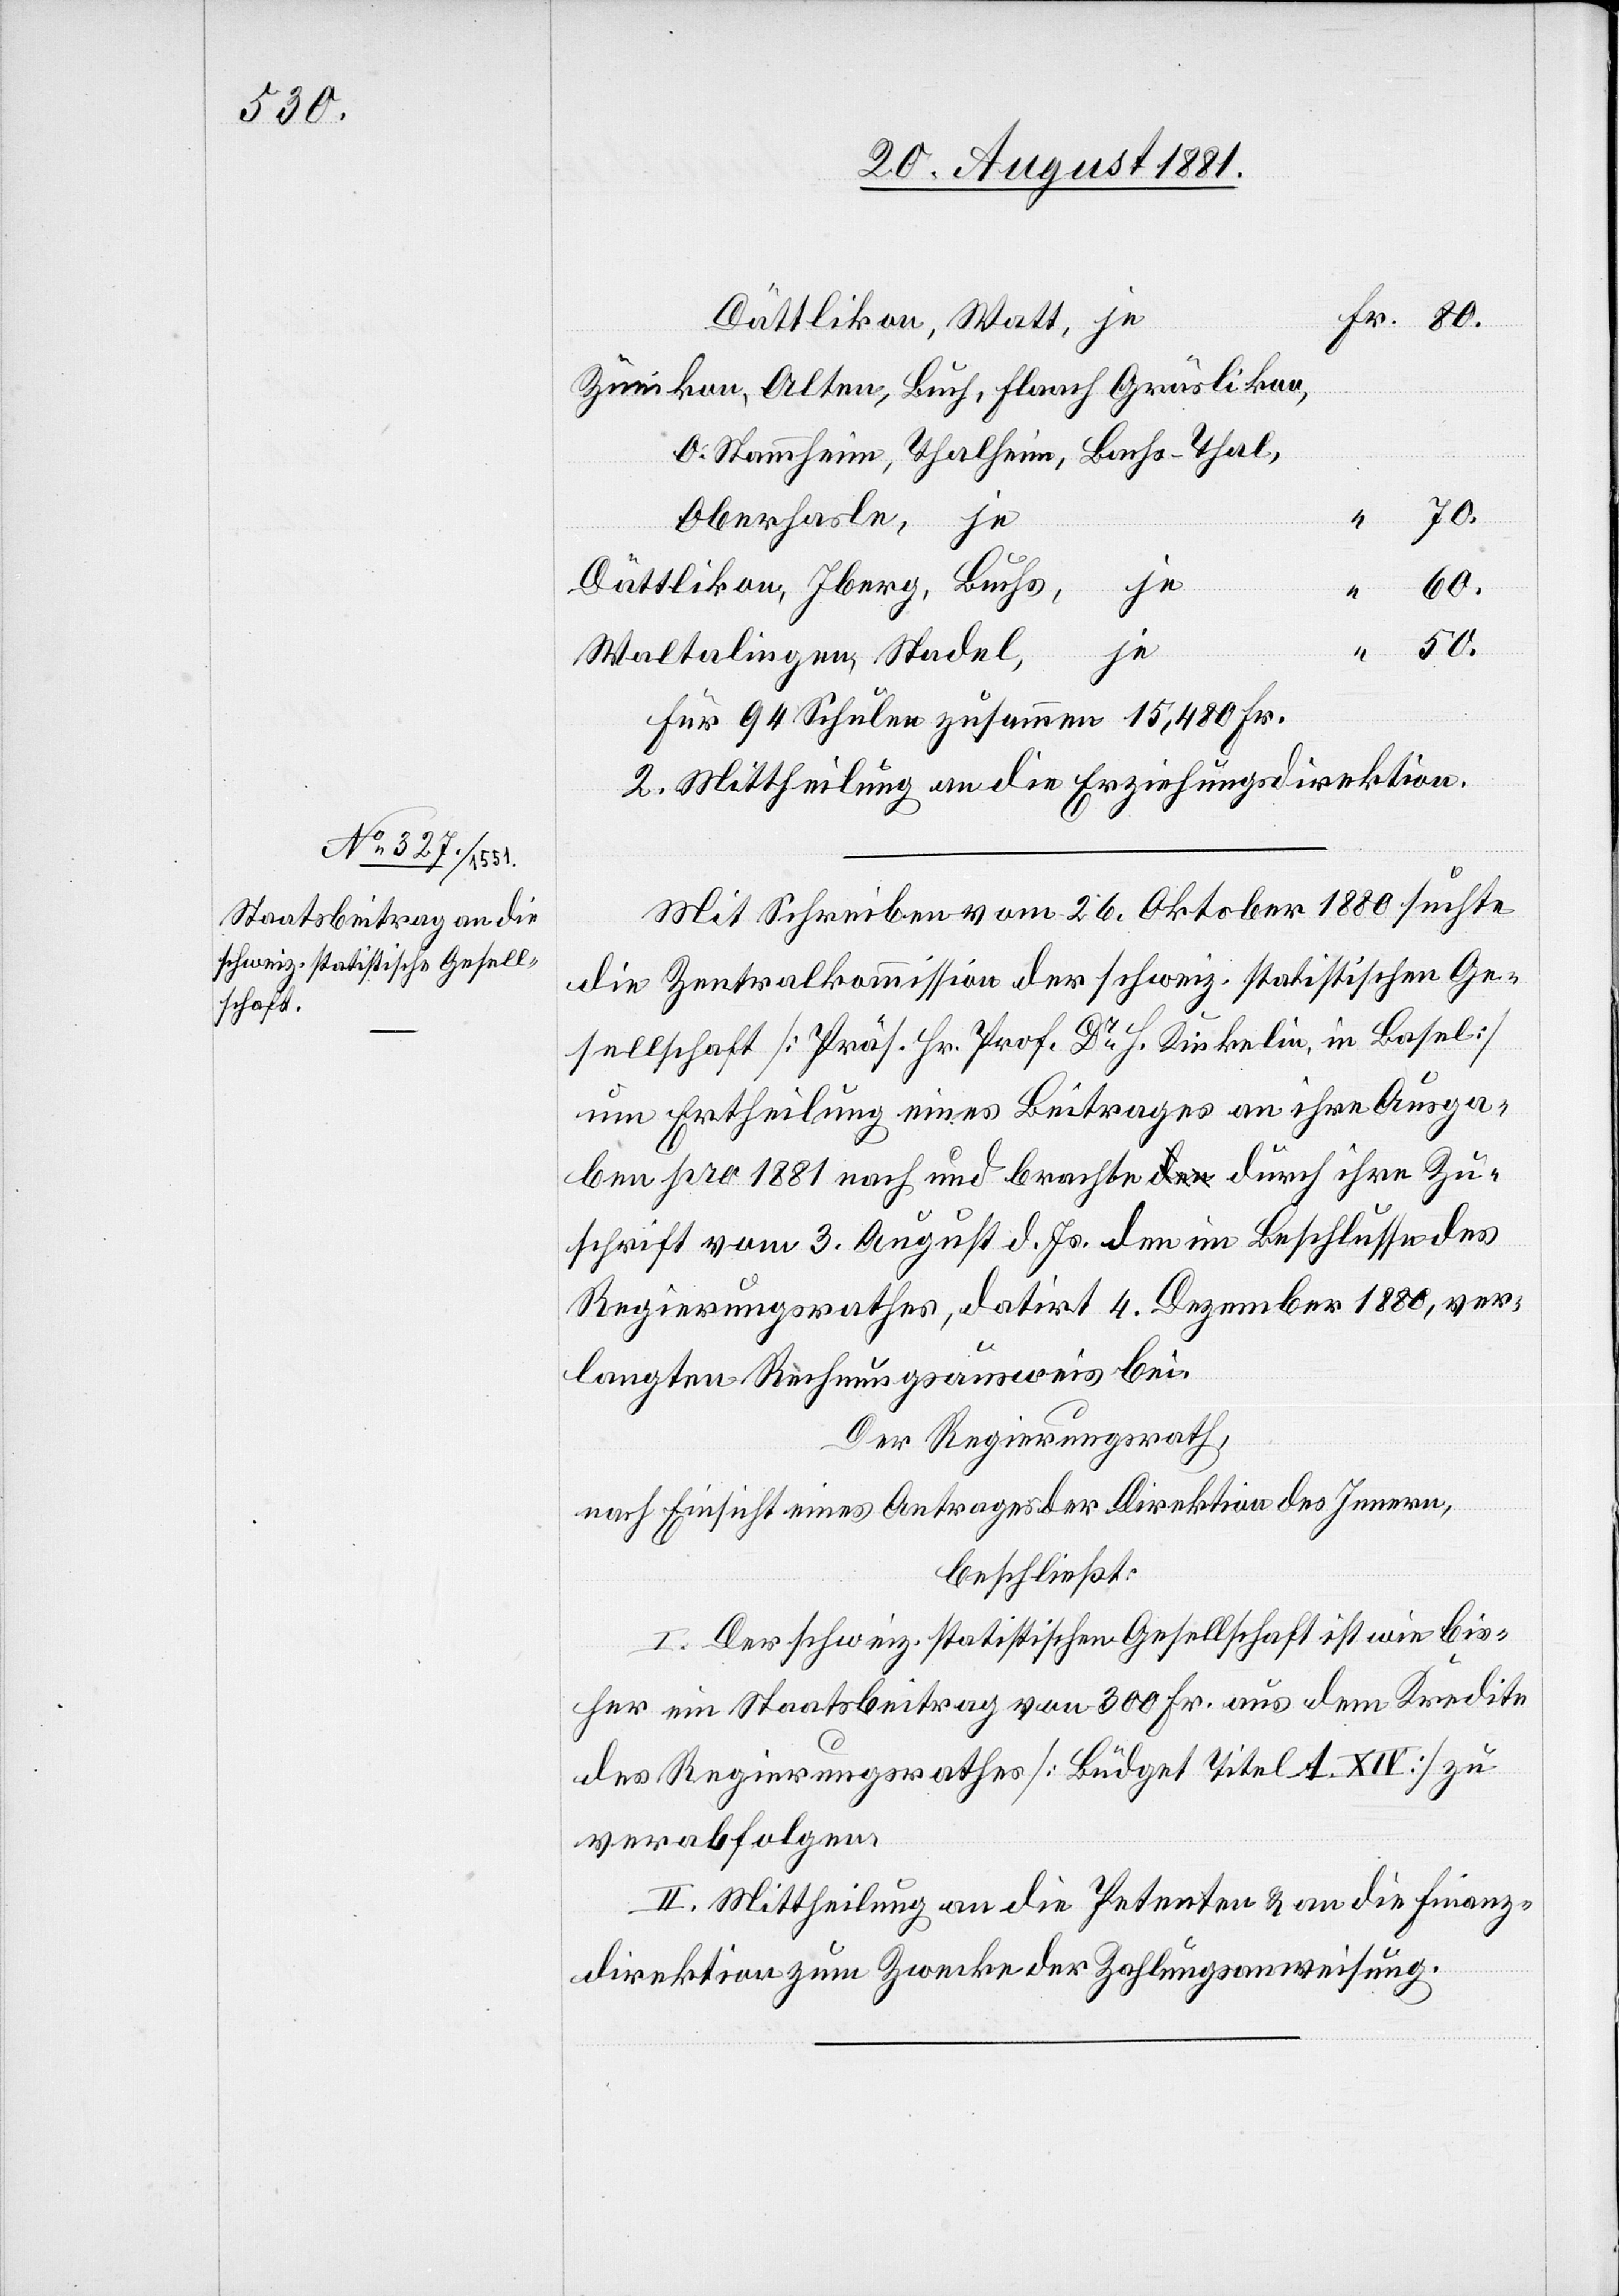
Dättlikon, Watt, je
Zünikon, Alten, Buch, Flaach Gräslikon,
O. Stammheim, Thalheim, Bachs - Thal,
50.
Oberhasle, je
Dättlikon, Iberg, Buchs,
je
60.
Waltalingen, Stadel, je
für 94 Schulen zusammen 15,480 Fr.
2. Mittheilung an die Erziehungsdirektion.
Mit Schreiben vom 26. Oktober 1880 suchte
die Zentralkommission der schweiz. statistischen Ge¬
sellschaft [Präs. Hr. Prof. Dr H. Kiekelin, in Basel]
um Ertheilung eines Beitrages an ihre Ausga¬
ben pro 1881 nach und brachte durch ihre Zu¬
schrift vom 3. August d. Js. den im Beschlusse des
Regierungsrathes, datiert 4. Dezember 1880, ver¬
langten Rechnungsausweis bei.
Der Regierungsrath,
nach Einsicht eines Antrages der Direktion des Innern,
beschließt:
I. Der schweiz. statistischen Gesellschaft ist wie bis¬
her ein Staatsbeitrag von 300 fr. aus dem Kredite
des Regierungsrathes [Büdget Titel A. XIV] zu
verabfolgen[.]
II. Mittheilung an die Petenten & an die Finanz¬
Fr.
direktion zum Zwecke der Zahlungsanweisung.